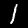
Digit: 1